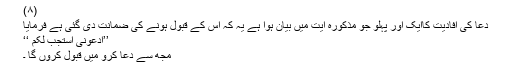
(۸)
دعا کی افادیت کاایک اور پہلو جو مذکورہ آیت میں بیان ہوا ہے یہ کہ اس کے قبول ہونے کی ضمانت دی گئی ہے فرمایا
’’ادعونی استجب لکم ‘‘
مجھ سے دُعا کرو میں قبول کروں گا ۔